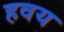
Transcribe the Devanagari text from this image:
हवय